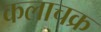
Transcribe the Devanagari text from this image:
कलाचक्र